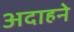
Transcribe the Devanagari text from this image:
अदाहने